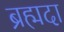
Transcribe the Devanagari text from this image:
ब्रह्मदा